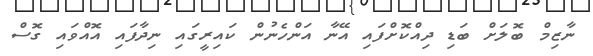
ނާޒިމް ބޮލަށް ބަޑި ދިއްކޮށްފައި އޭނާ އަންހެނުން ކައިރީގައި ނިދާފައި އޮއްވައި ގޮސް